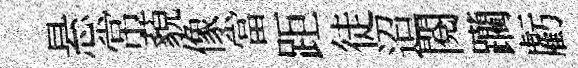
悬常藐像當距徒迢閲躪虧